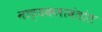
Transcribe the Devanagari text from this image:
नाट्यकलावंतांत